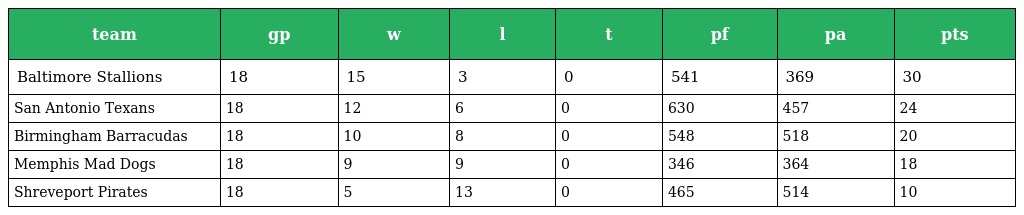
| team | gp | w | l | t | pf | pa | pts |
 | --- | --- | --- | --- | --- | --- | --- | --- |
 | Baltimore Stallions | 18 | 15 | 3 | 0 | 541 | 369 | 30 |
 | San Antonio Texans | 18 | 12 | 6 | 0 | 630 | 457 | 24 |
 | Birmingham Barracudas | 18 | 10 | 8 | 0 | 548 | 518 | 20 |
 | Memphis Mad Dogs | 18 | 9 | 9 | 0 | 346 | 364 | 18 |
 | Shreveport Pirates | 18 | 5 | 13 | 0 | 465 | 514 | 10 |